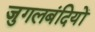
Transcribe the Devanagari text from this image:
जुगलबंदियों